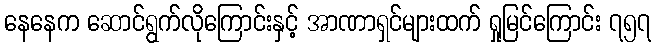
နေနေက ဆောင်ရွက်လိုကြောင်းနှင့် အာဏာရှင်များထက် ရှုမြင်ကြောင်း ၇၅၇